Scottish Leaving Certificate Examination, 1959
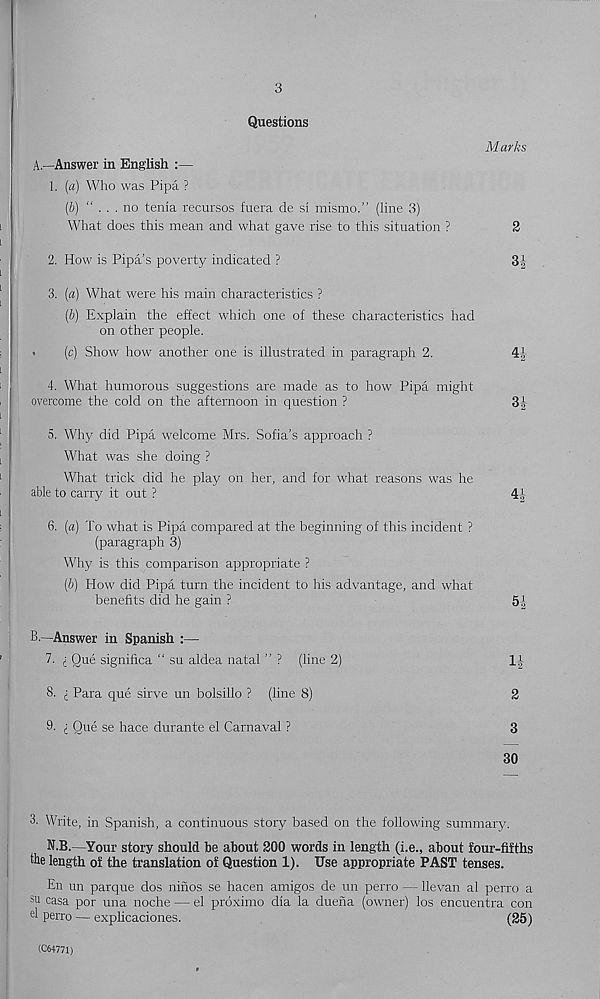
3
Questions
Marks
A.
—Answer in English :—
1. (a) Who was Pipa ?
(b) “
no tenia recursos fuera de si mismo.” (line 3)
What does this mean and what gave rise to this situation ?
2
2. How is Pipa’s poverty indicated ?
3J
3. (a) What were his main characteristics ?
(b) Explain the effect which one of these characteristics had
on other people.
.
(c) Show how another one is illustrated in paragraph 2.
4J
4. What humorous suggestions are made as to how Pipa might
overcome the cold on the afternoon in question ?
3|
5. Why did Pipa welcome Mrs. Sofia’s approach ?
What was she doing ?
What trick did he play on her, and for what reasons was he
able to carry it out ?
4|-
6. (a) To what is Pipa compared at the beginning of this incident ?
(paragraph 3)
Why is this comparison appropriate ?
[b) How did Pipa turn the incident to his advantage, and what
benefits did he gain ?
5.1
B.
—Answer in Spanish :—
7. j Que significa " su aldea natal ” ? (line 2)
l-i
8. i Para que sirve un bolsillo ? (line 8)
2
9- i Que se hace durante el Carnaval ?
3
30
3. Write, in Spanish, a continuous story based on the following summary.
N.B. -Your story should be about 200 words in length (i.e., about four-fifths
the length of the translation of Question 1). Use appropriate PAST tenses.
En un parque dos ninos se hacen amigos de un perro — llevan al perro a
s u casa por una noche — el proximo dia la duena (owner) los encuentra con
d perro — explicaciones.
(25)
(C64771)